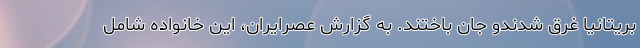
بریتانیا غرق شدندو جان باختند. به گزارش عصرایران، این خانواده شامل